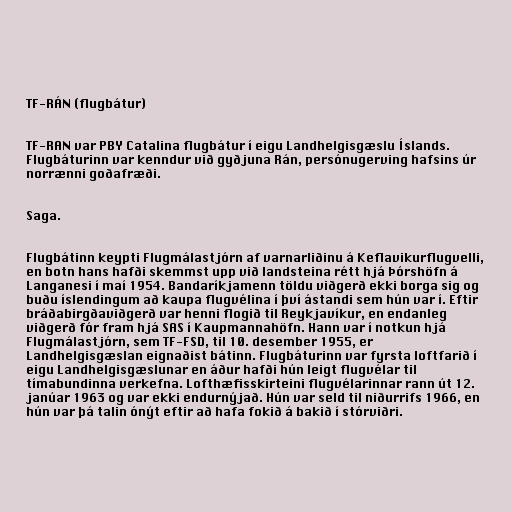
TF-RÁN (flugbátur)

TF-RAN var PBY Catalina flugbátur í eigu Landhelgisgæslu Íslands.
Flugbáturinn var kenndur við gyðjuna Rán, persónugerving hafsins úr
norrænni goðafræði.

Saga.

Flugbátinn keypti Flugmálastjórn af varnarliðinu á Keflavikurflugvelli,
en botn hans hafði skemmst upp við landsteina rétt hjá Þórshöfn á
Langanesi í maí 1954. Bandaríkjamenn töldu viðgerð ekki borga sig og
buðu íslendingum að kaupa flugvélina í því ástandi sem hún var í. Eftir
bráðabirgðaviðgerð var henni flogið til Reykjavíkur, en endanleg
viðgerð fór fram hjá SAS í Kaupmannahöfn. Hann var í notkun hjá
Flugmálastjórn, sem TF-FSD, til 10. desember 1955, er
Landhelgisgæslan eignaðist bátinn. Flugbáturinn var fyrsta loftfarið í
eigu Landhelgisgæslunar en áður hafði hún leigt flugvélar til
tímabundinna verkefna. Lofthæfisskirteini flugvélarinnar rann út 12.
janúar 1963 og var ekki endurnýjað. Hún var seld til niðurrifs 1966, en
hún var þá talin ónýt eftir að hafa fokið á bakið í stórviðri.